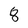
Character: 8